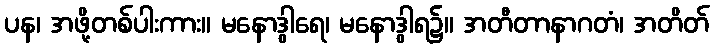
ပန၊ အဖို့တစ်ပါးကား။ မနောဒွါရေ၊ မနောဒွါရ၌။ အတီတာနာဂတံ၊ အတိတ်